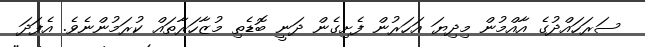
ސަރަހައްދުގެ އާއްމުން މިދިޔަ އަހަރުން ފެށިގެން ދަނީ ބޮޑެތި މުޒާހަރާތައް ކުރަމުންނެވެ. އެފަދަ